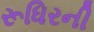
રૂધિરની